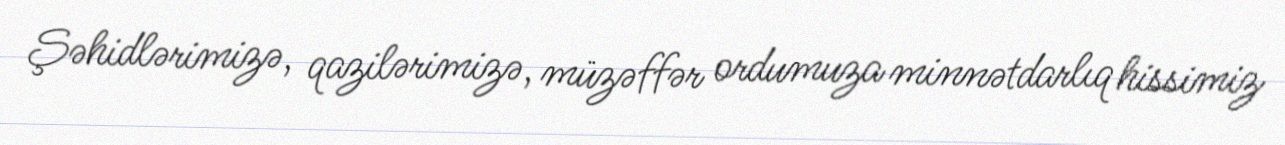
Şəhidlərimizə, qazilərimizə, müzəffər ordumuza minnətdarlıq hissimiz